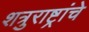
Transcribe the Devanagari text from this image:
शत्रुराष्ट्रांचे